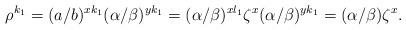
LaTeX: \begin{align*} \rho^{k_1}=(a/b)^{xk_1}(\alpha/\beta)^{yk_1}=(\alpha/\beta)^{xl_1}\zeta^x(\alpha/\beta)^{yk_1}=(\alpha/\beta)\zeta^x.\end{align*}